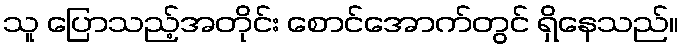
သူ ပြောသည့်အတိုင်း စောင်အောက်တွင် ရှိနေသည်။